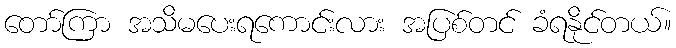
တော်ကြာ အသိမပေးရကောင်းလား အပြစ်တင် ခံရနိုင်တယ်။